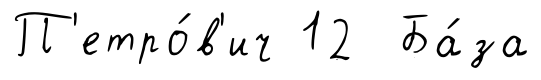
П'етро́в'ич 12 Ба́за